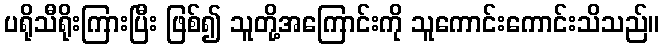
ပရိုသီရိုးကြားပြီး ဖြစ်၍ သူတို့အကြောင်းကို သူကောင်းကောင်းသိသည်။